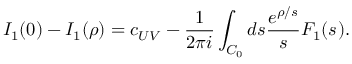
I _ { 1 } ( 0 ) - I _ { 1 } ( \rho ) = c _ { U V } - \frac { 1 } { 2 \pi i } \int _ { C _ { 0 } } d s \frac { e ^ { \rho / s } } { s } F _ { 1 } ( s ^ { } ) .